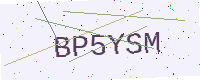
Text: BP5YSM